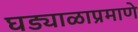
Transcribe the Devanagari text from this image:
घड्याळाप्रमाणे